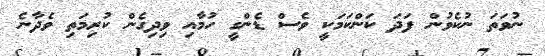
ނުވަތަ ނުކެވުން ފަދަ ކަންކަމަކީ ވެސް ޑެންގީ ހުމާއި ވިދިގެން ކުރިމަތި ވެދާނެ